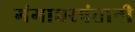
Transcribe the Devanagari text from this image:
गंगाधरपंतानी